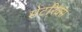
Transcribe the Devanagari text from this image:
मेटरिक्स